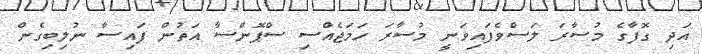
އަދި ގޮފާގެ މުސާރަ ލަސްވެފައިވަނީ މުސާރަ ހަމަޖެއްސި ސްޕޮންސާ އަތުން ފައިސާ ނުލިބިގެން